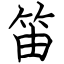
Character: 笛